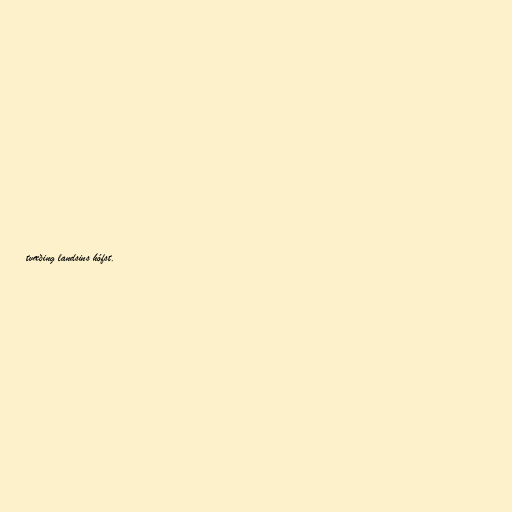
tvæðing landsins hófst.